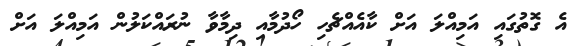
އެ ގޮތުގައި އަމިއްލަ އަށް ކާއެއްޗެހި ހޯދުމާއި ދިމާވާ ނުރައްކަލުން އަމިއްލަ އަށް